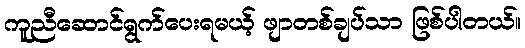
ကူညီဆောင်ရွက်ပေးရမယ့် ဖျာတစ်ချပ်သာ ဖြစ်ပါတယ်။